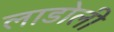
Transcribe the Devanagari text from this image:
लाडोली